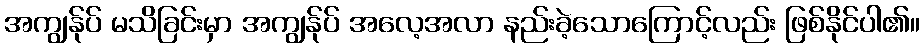
အကျွန်ုပ် မသိခြင်းမှာ အကျွန်ုပ် အလေ့အလာ နည်းခဲ့သောကြောင့်လည်း ဖြစ်နိုင်ပါ၏။